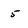
Character: 5